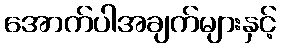
အောက်ပါအချက်များနှင့်